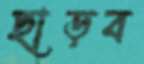
ছাড়ব